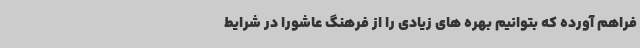
فراهم آورده که بتوانیم بهره های زیادی را از فرهنگ عاشورا در شرایط